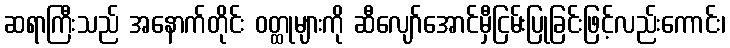
ဆရာကြီးသည် အနောက်တိုင်း ဝတ္ထုများကို ဆီလျော်အောင်မှီငြမ်းပြုခြင်းဖြင့်လည်းကောင်း၊